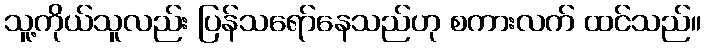
သူ့ကိုယ်သူလည်း ပြန်သရော်နေသည်ဟု စကားလက် ထင်သည်။